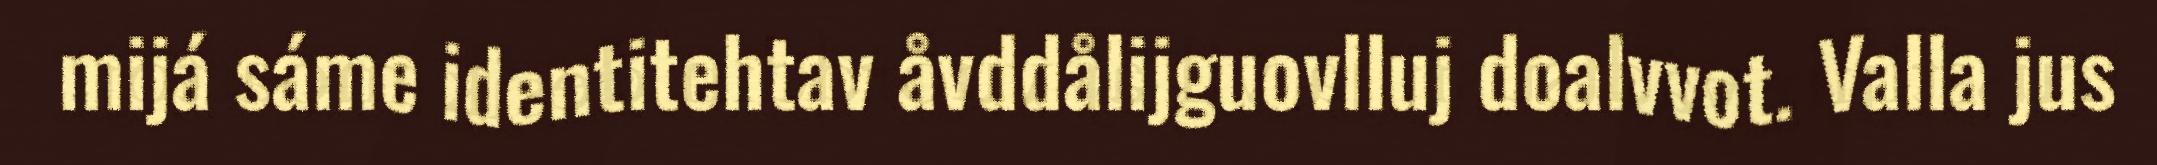
mijá sáme identitehtav åvddålijguovlluj doalvvot. Valla jus